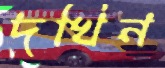
দখিন